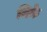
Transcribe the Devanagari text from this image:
थिके